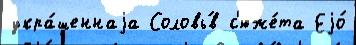
укра́шеннаjа Соловь́в с'юже́та Еjо́